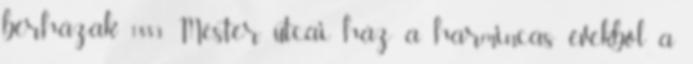
bérházak 1883 Mester utcai ház a harmincas évekből a